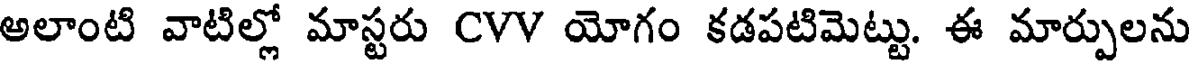
అలాంటి వాటిల్లో మాస్టరు CVV యోగం కడపటిమెట్టు. ఈ మార్పులను